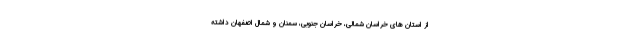
از استان های خراسان شمالی، خراسان جنوبی، سمنان و شمال اصفهان داشته